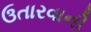
ઉતારવાની